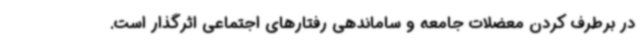
در برطرف کردن معضلات جامعه و ساماندهی رفتارهای اجتماعی اثرگذار است.